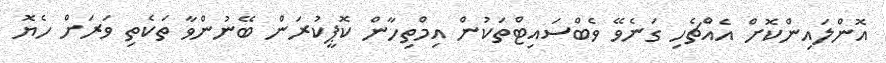
އޮންލައިންކޮށް އެއްޗެހި ގަނެވޭ ވެބްސައިޓްތަކުން އިމްތިހާން ކޮޕީކުރަން ބޭނުންވާ ތަކެތި ވަރަށް ހެޔޮ